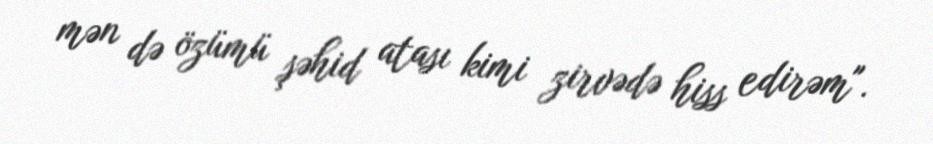
mən də özümü şəhid atası kimi zirvədə hiss edirəm".